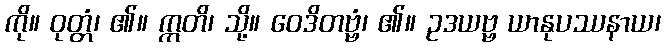
ကို။ ဝုတ္တံ၊ ၏။ ဣတိ၊ သို့။ ဝေဒိတဗ္ဗံ၊ ၏။ ဥဒယဗ္ဗ ယာနုပဿနာယ၊